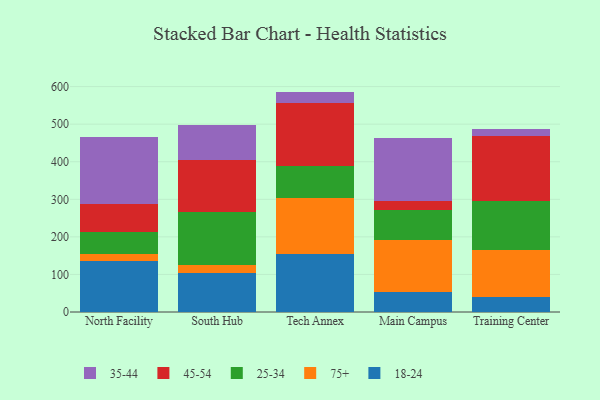
{"axis": {"x": "Campus", "y": "LTV (USD)"}, "legend": ["18-24", "25-34", "35-44", "45-54", "75+"], "data": [{"x": "North Facility", "y": 134.5, "type": "18-24"}, {"x": "North Facility", "y": 19.4, "type": "75+"}, {"x": "North Facility", "y": 60.3, "type": "25-34"}, {"x": "North Facility", "y": 73.5, "type": "45-54"}, {"x": "North Facility", "y": 179.2, "type": "35-44"}, {"x": "South Hub", "y": 104.9, "type": "18-24"}, {"x": "South Hub", "y": 20.4, "type": "75+"}, {"x": "South Hub", "y": 141.2, "type": "25-34"}, {"x": "South Hub", "y": 139.4, "type": "45-54"}, {"x": "South Hub", "y": 91.0, "type": "35-44"}, {"x": "Tech Annex", "y": 153.4, "type": "18-24"}, {"x": "Tech Annex", "y": 150.2, "type": "75+"}, {"x": "Tech Annex", "y": 84.6, "type": "25-34"}, {"x": "Tech Annex", "y": 167.3, "type": "45-54"}, {"x": "Tech Annex", "y": 31.2, "type": "35-44"}, {"x": "Main Campus", "y": 54.2, "type": "18-24"}, {"x": "Main Campus", "y": 137.4, "type": "75+"}, {"x": "Main Campus", "y": 81.2, "type": "25-34"}, {"x": "Main Campus", "y": 23.8, "type": "45-54"}, {"x": "Main Campus", "y": 166.5, "type": "35-44"}, {"x": "Training Center", "y": 39.7, "type": "18-24"}, {"x": "Training Center", "y": 125.1, "type": "75+"}, {"x": "Training Center", "y": 131.9, "type": "25-34"}, {"x": "Training Center", "y": 170.9, "type": "45-54"}, {"x": "Training Center", "y": 20.1, "type": "35-44"}]}